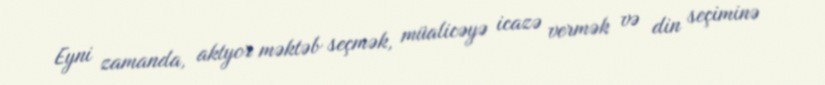
Eyni zamanda, aktyor məktəb seçmək, müalicəyə icazə vermək və din seçiminə